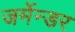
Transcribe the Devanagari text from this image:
जर्मेन्डर